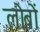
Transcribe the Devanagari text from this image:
लोबों